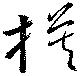
模